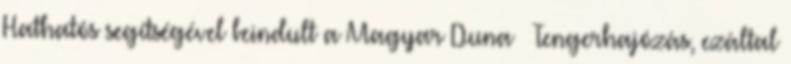
Hathatós segítségével beindult a Magyar Duna – Tengerhajózás, ezáltal